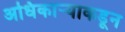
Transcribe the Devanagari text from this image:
अधिकार्‍याकडून